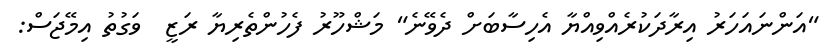
"އަންނައަހަރު އިރާދަކުރެއްވިއްޔާ އެހިސާބަށް ދެވޭނެ" މަޝްހޫރު ފެހުންތެރިޔާ ރަޒީ  ވަގުތު އިމޭޖަސް: